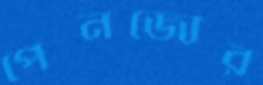
পেনজোর